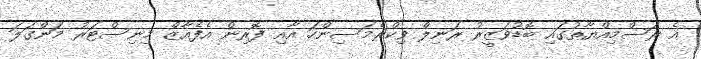
އެ ރަސްމިއްޔާތުގައި ބޮޑުވަޒީރު ރަނިލް ވިކްރެމަސިންހަ އާއި ފޮރިން އެފެއާޒް މިނިސްޓަރު މަންގަލަ